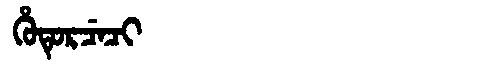
Manchu: ᡥᡠᡨᡠᡵᠴᡝᠴᡳ
Romanization: HUTURCECI